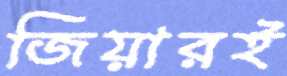
জিয়ারই